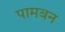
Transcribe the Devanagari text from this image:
पामबन